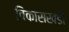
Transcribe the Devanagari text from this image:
विकासखंडों